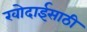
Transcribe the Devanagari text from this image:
खोदाईसाठी